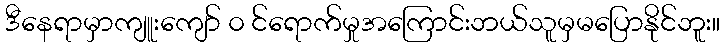
ဒီနေရာမှာကျူးကျော် ၀ င်ရောက်မှုအကြောင်းဘယ်သူမှမပြောနိုင်ဘူး။